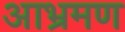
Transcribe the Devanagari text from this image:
आभ्रमण